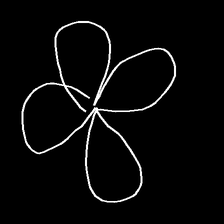
Glyph: billowing